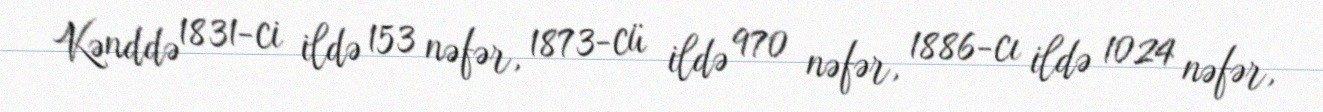
Kənddə 1831-ci ildə 153 nəfər, 1873-cü ildə 970 nəfər, 1886-cı ildə 1024 nəfər,